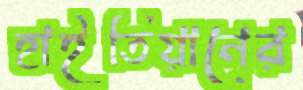
হাইতিয়ানের